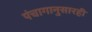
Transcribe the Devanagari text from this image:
पंचागानुसारही